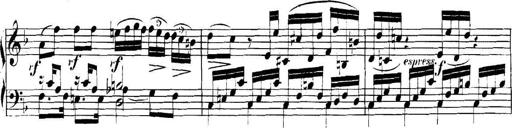
Title: Collected Piano Sonatas
Composer: Muzio Clementi